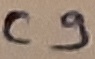
Text: C9